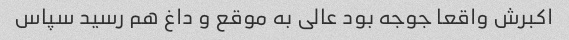
اکبرش واقعا جوجه بود عالی به موقع و داغ هم رسید سپاس